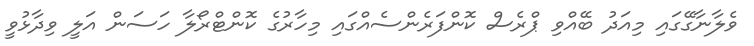
ވެލާނާގޭގައި މިއަދު ބޭއްވި ޕްރެސް ކޮންފަރެންސެއްގައި މިހާރުގެ ކޮންޓްރޯލާ ހަސަން އަލީ ވިދާޅުވީ